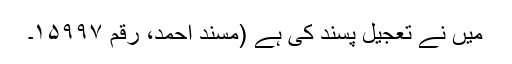
میں نے تعجیل پسند کی ہے (مسند احمد، رقم ۱۵۹۹۷۔